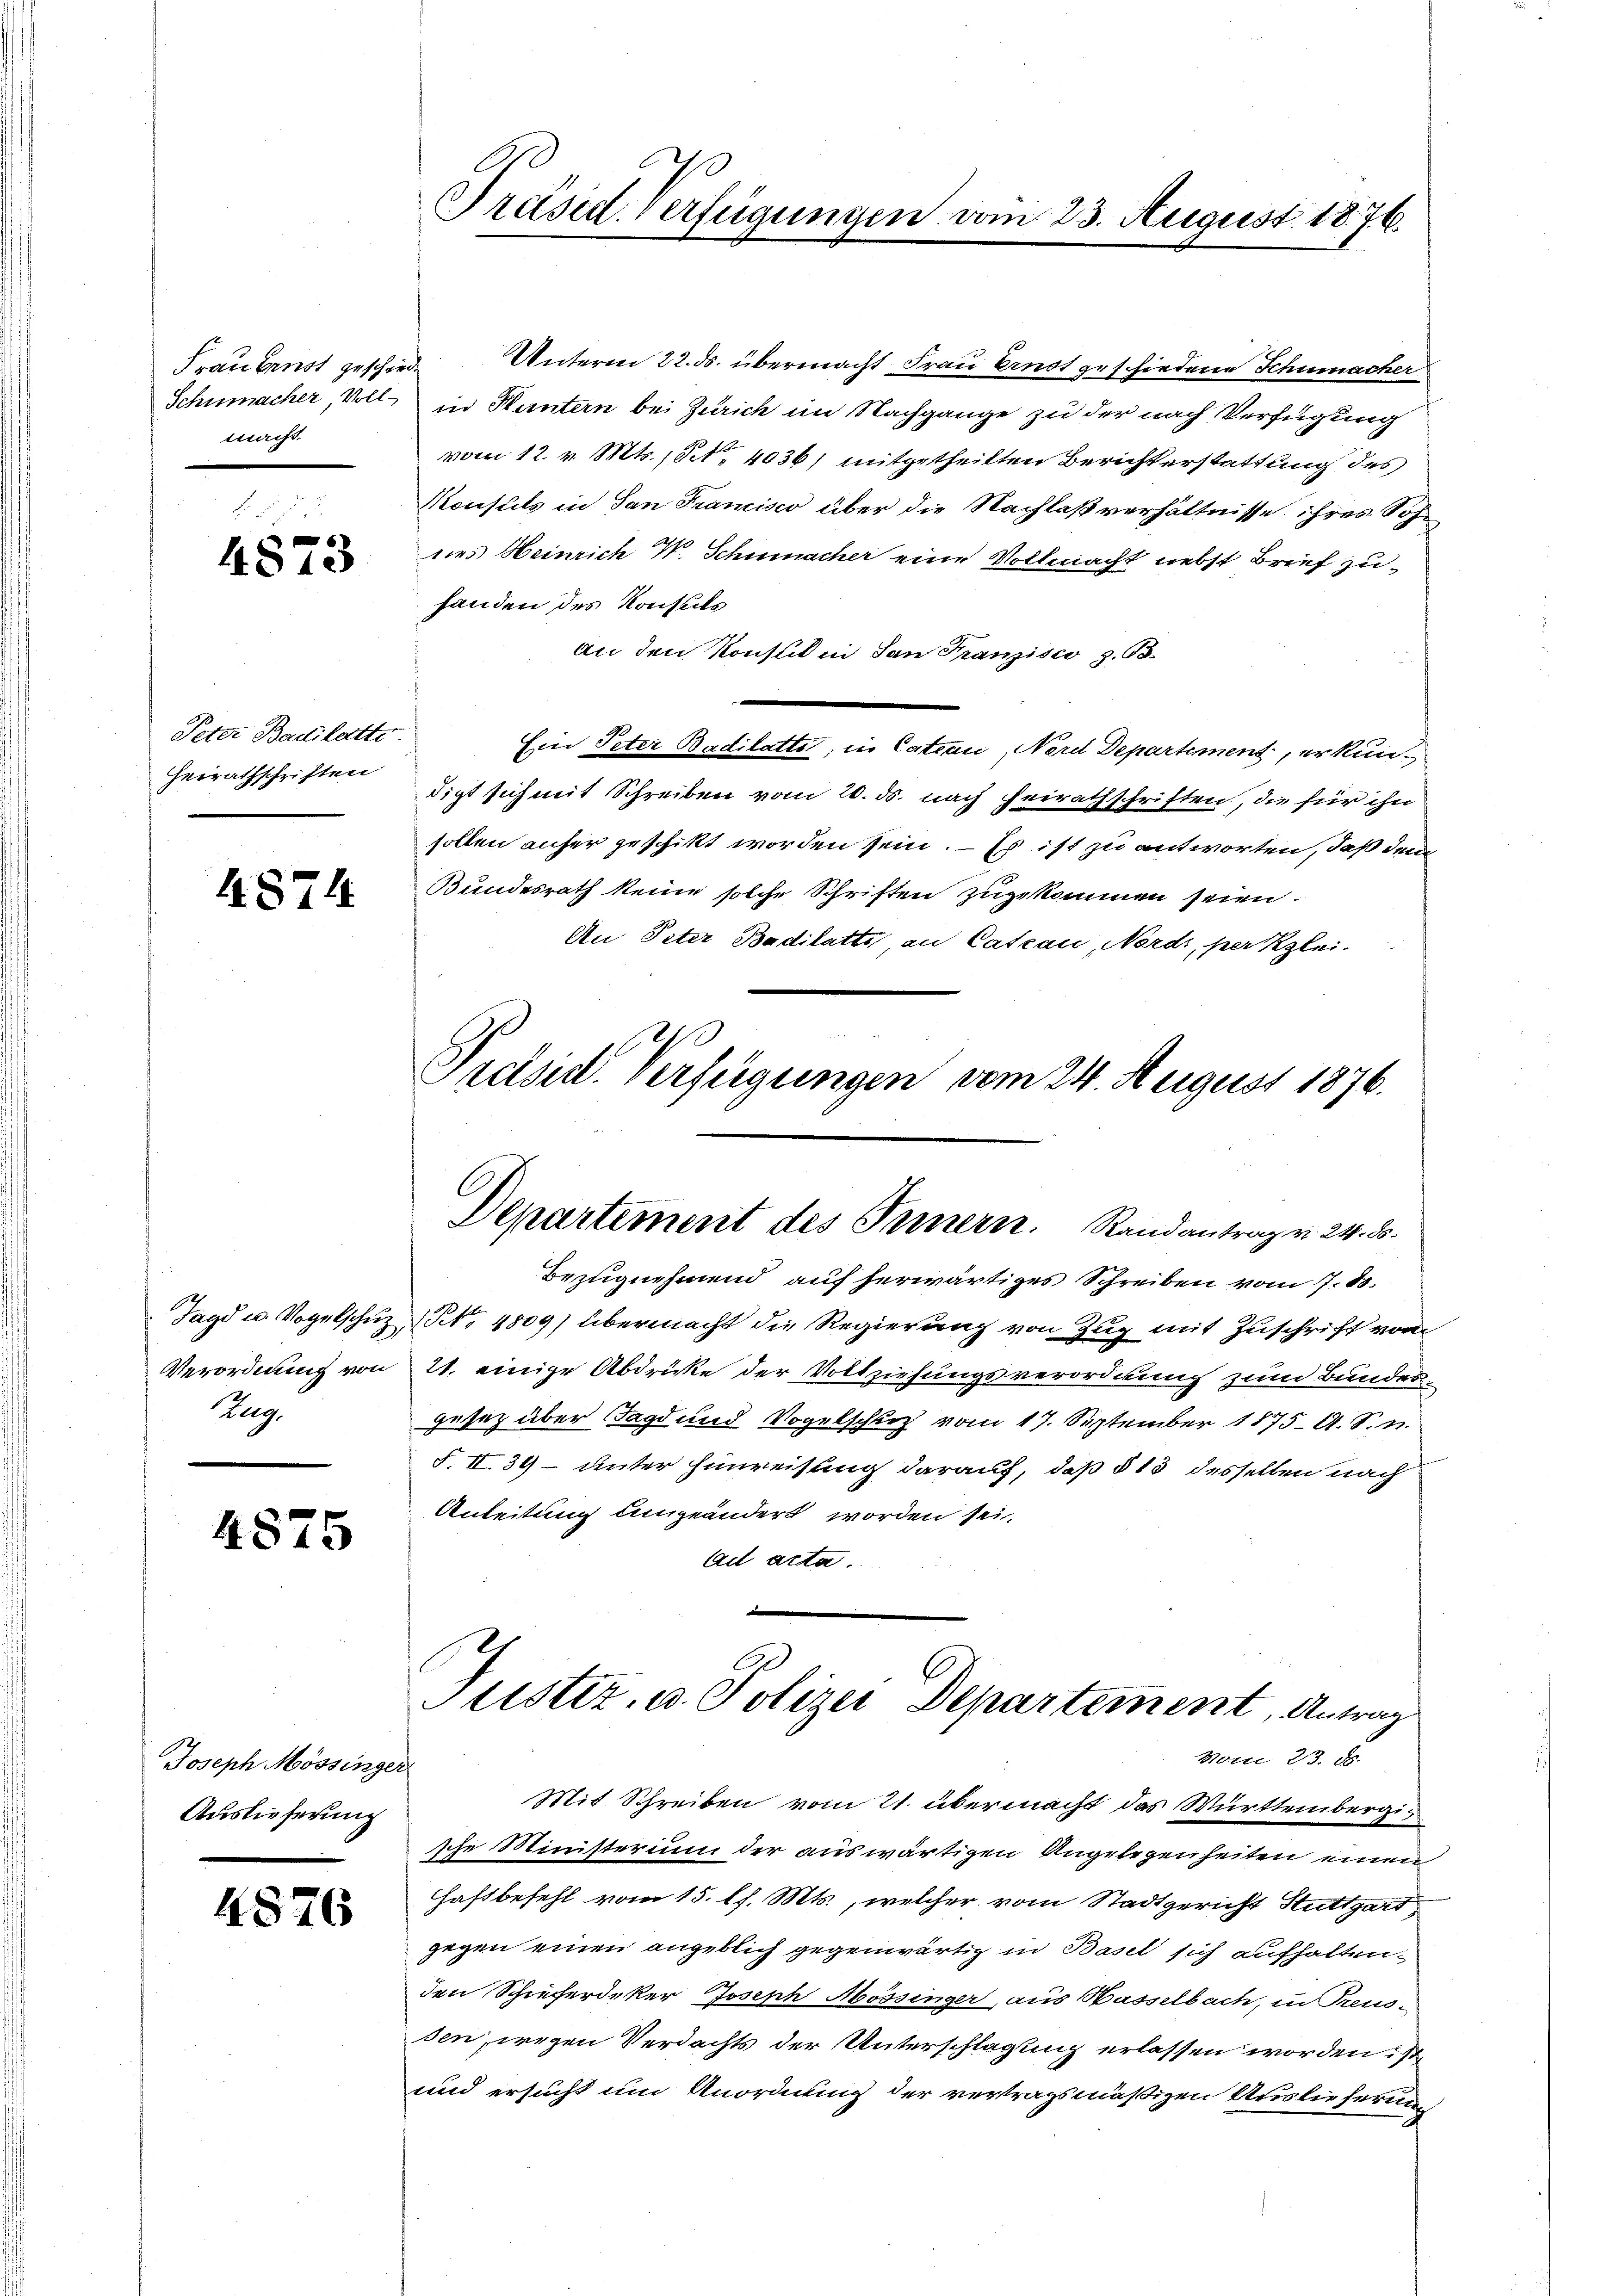
Frau Fenst geschiede
Schumacher, Vollmacht.

F.
6
481.

Peter Badilatte.
Heirathschriften

4874

Verordnung von
Zug.

4875

Joseph Mössinger
Auslieferung

4876

Präsid. Verfügungen vom 23. August 1876.

Prelsid. Verfügungen vom 24. August 1876.
Departement des Innern. Randantrag v. 24. ds.

Unterm 22. ds. übermacht Frau Ernst geschiedene Schumacher
in Huntern bei Zürich im Nachgange zu der nach Verfügung
vom 12. v. Mts. 18. 4036) mitgetheilten Berichterstattung des
Konseits in San Francisco über die Nachlaßverhältnisse ihres Sohdies Heinrich W. Schumacher eine Vollmacht nebst Brief zuhanden des Konsuls
An den Konsulii dan Franzisco, z. B.
Ein Peter Badilattet, in Cateau, Nerd Departement, erkundigt sich mit Schreiben vom 20. ds. nach heirathschriften, die für ihn
sollen anher geschikt worden sein. – Es ist zu antworten, daß dem
Bundesrath keine solche Schriften zugekommen seien.
An Peter Badilatte, an Cateau, Nords, perzlei-
Bezugnehmend auf herwärtiges Schreiben vom 7. d.
Jagd u. Vogelschŭz (Nr. 4809) übermacht die Regierung von Zug mit Zuschrift vom
21. einige Abdrücke der Vollziehungsverordnung zum Bundesgesetz über Tags und Vogelschuß vom 17. September 1875 A. S. n
F. II. 39 – unter Einweisung darauf, daß § 13 desselben nach
Anleitung eingeändert worden sei.
Ai acta.
d
Justiz- u. Polizei Departement, Antrag
vom 23. d.
Mit Schreiben vom 21. übermacht das Württembergische Ministerium der auswärtigen Angelegenheiten einen
Haftbefehl vom 15. lJ. Mts., welcher vom Stadtgericht Stuttgart
gegen einen angeblich gegenwärtig in Basel sich aufhalten.
den Schieferdeker Joseph Abossinger, aus Wasselbach, in Teusen, wegen Verdachts der Unterschlagung erlassen worden: so
und ersucht um Anordnung der vertragsmäßigen Auslieferung